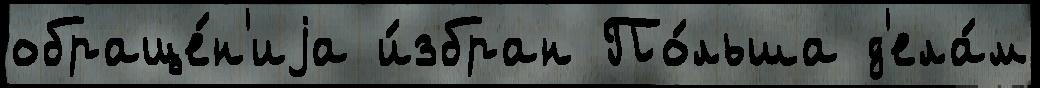
обраще́н'иjа и́збран По́льша д'ела́м